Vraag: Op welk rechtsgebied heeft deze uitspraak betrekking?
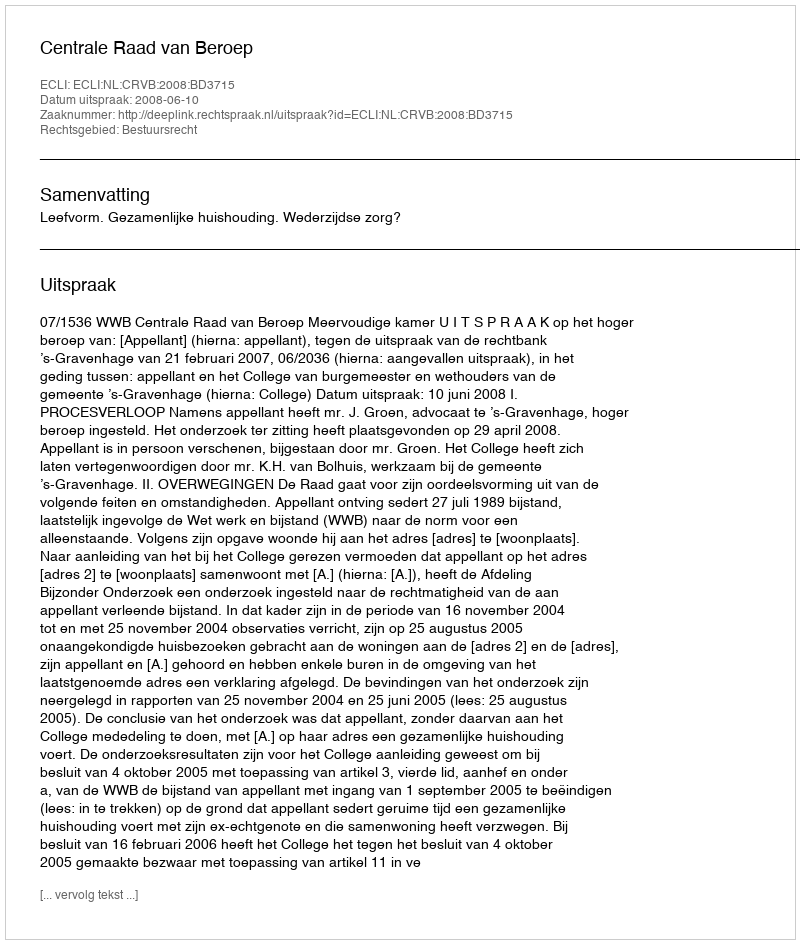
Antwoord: Bestuursrecht